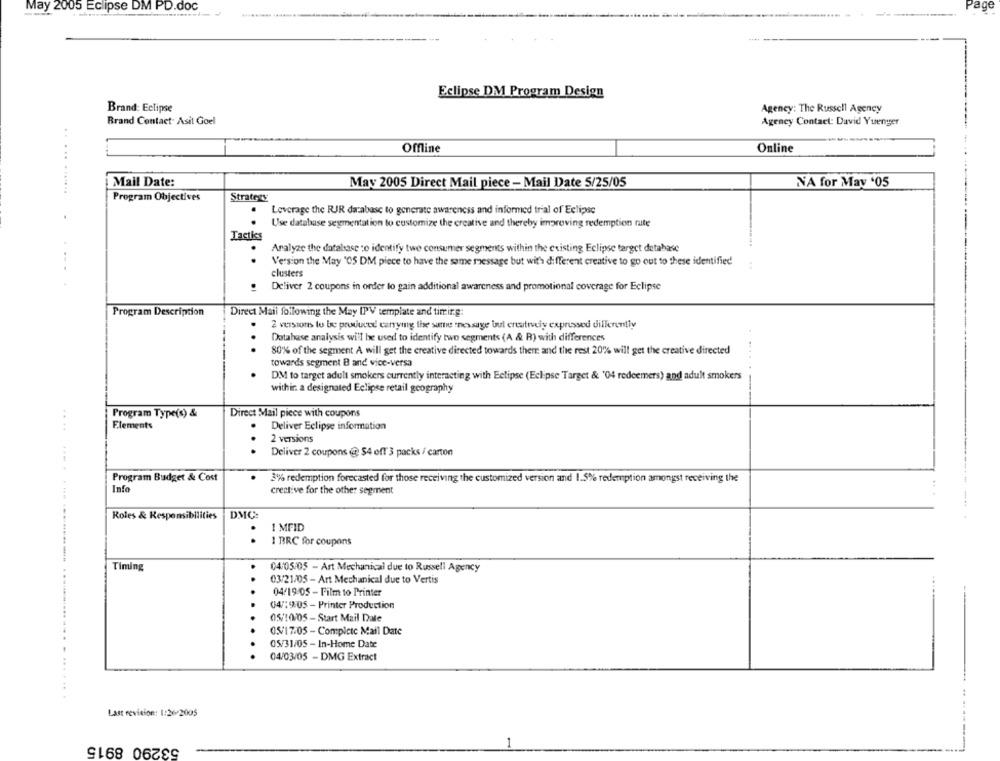
May 2005 Eclipse DM PD.doc
Eclipse DM Program Design
Brand: Eclipse
Agency: The Russell Agency
Brand Contact- Asit Goel
Agency Contact: David Yuenger
Offline
Online
Mail Date:
May 2005 Direct Mail piece - Mail Date 5/25/05
NA for May '05
... .......
Program Objectives
Strategy
Leverage the RUJR database to generate awareness and informed trial of Eclipse
Use database segmentation to customize the creative and thereby improving redemption rate
Tactics
Analyze the database to identify twe consumer segments within the existing Eclipse target detahase
.
Version the May '05 DM piece to have the same message but with different creative to go out to these identified
clusters
Deliver 2 coupons in order to gain additional awareness and promotional coverage for Eclipse
Program Description
Direct Mail following the May IPV template and timing:
2 versions to be produced carrying the same message bul creatively expressed dillerentiv
Database analysis will be used to identify two segments (A & R) with differences
...
80% of the segment A will get the creative directed towards there and the rest 20% will get the creative directed
towards segment B and vice-versa
DM to target adult smokers currently interacting with Eclipse (Eclipse Target & '04 redeemers) and adult smokers
within. a designated Eclipse retail geography
Program Type(s) &
Direct Mail piece with coupons
Elements
Deliver Eclipse information
...
2 versions
...
Deliver 2 coupons @ $4 off 3 packs / carton
Program Budget & Cost
3% redemption forecasted for those receiving the customized version and 1.5% redemption amongst receiving the
Info
creative for the other segment
Roles & Responsibilities
DMC:
1 MFID
.
1 BRC for coupons
Timing
04/05/05 - Art Mechanical due to Russell Agency
03/21/05 - Art Mechanical due to Vertis
04/19/05 - Film to Printer
04/19:05 - Printer Production
05/10/05 - Start Mail Date
05/17/05 - Complete Mail Date
05/31/05 - In-Home Date
04/03/05 - DMG Extract
Last revision: 1:26/2005
53290 8915